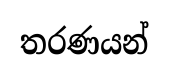
තරණයන්